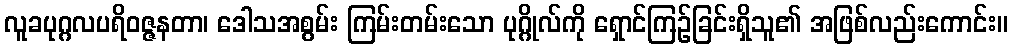
လူခပုဂ္ဂလပရိဝဇ္ဇနတာ၊ ဒေါသအစွမ်း ကြမ်းတမ်းသော ပုဂ္ဂိုလ်ကို ရှောင်ကြဉ်ခြင်းရှိသူ၏ အဖြစ်လည်းကောင်း။